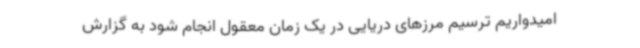
امیدواریم ترسیم مرزهای دریایی در یک زمان معقول انجام شود به گزارش